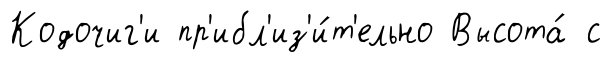
Кодочиг'и пр'ибл'из'и́т'ельно Высота́ с